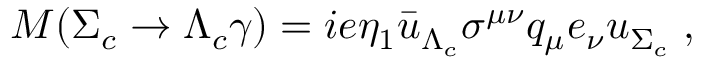
M ( \Sigma _ { c } \to \Lambda _ { c } \gamma ) = i e \eta _ { 1 } { \bar { u } } _ { \Lambda _ { c } } \sigma ^ { \mu \nu } q _ { \mu } e _ { \nu } u _ { \Sigma _ { c } } \; ,